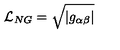
{ \cal L } _ { N G } = \sqrt { | g _ { \alpha \beta } | }